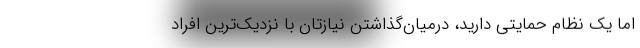
اما یک نظام حمایتی دارید، درمیان‌گذاشتن نیازتان با نزدیک‌ترین افراد